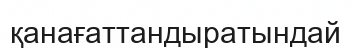
қанағаттандыратындай